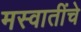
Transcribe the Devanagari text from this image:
मस्वातींचे